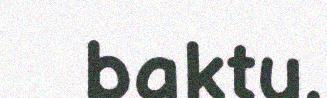
baktu.